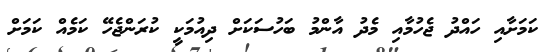
ކަމަށާއި ހައްދު ޖެހުމާއި މެދު އާންމު ބަހުސަކަށް ދިއުމަކީ ކުރަންޖެހޭ ކަމެއް ކަމަށް